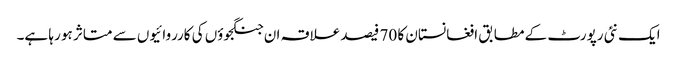
ایک نئی رپورٹ کے مطابق افغانستان کا 70 فیصد علاقہ ان جنگجوؤں کی کارروائیوں سے متاثر ہو رہا ہے۔